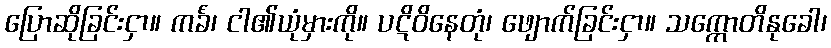
ပြောဆိုခြင်းငှာ။ ကင်္ခံ၊ ငါ၏ယုံမှားကို။ ပဋိဝိနေတုံ၊ ဖျောက်ခြင်းငှာ။ သက္ကောတိနုခေါ၊